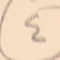
٤